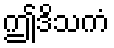
ဤဒိသကံ